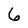
Character: 6